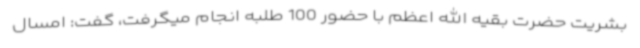
بشریت حضرت بقیه الله اعظم با حضور 100 طلبه انجام میگرفت، گفت: امسال